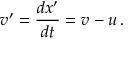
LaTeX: v ^ { \prime } = { \frac { d x ^ { \prime } } { d t } } = v - u \, .